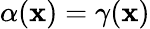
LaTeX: \alpha(\mathbf{x})=\gamma(\mathbf{x})